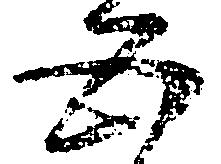
五